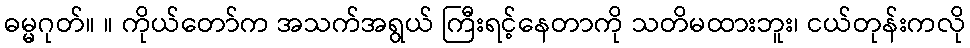
ဓမ္မဂုတ်။ ။ ကိုယ်တော်က အသက်အရွယ် ကြီးရင့်နေတာကို သတိမထားဘူး၊ ငယ်တုန်းကလို